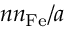
{ { n n _ { \mathrm { F e } } } } / a